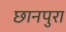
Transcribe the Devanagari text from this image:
छानपुरा